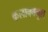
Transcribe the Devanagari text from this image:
कलाक्क्मुल